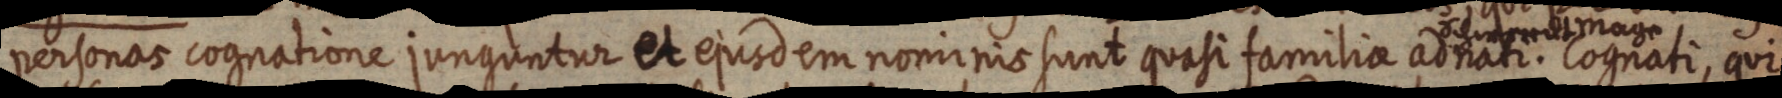
personas cognatione junguntur et ejusdem nominis sunt quasi familiae adnati. Cognati, qui